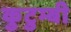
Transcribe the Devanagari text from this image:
कुटुम्बी